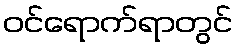
ဝင်ရောက်ရာတွင်